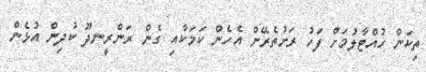
ތިކަން ހުއްޓާލުމަށް ފަހު ރަށުތެރޭން އެހެން ކަމަކާއި ގެން ރަންރީނދޫ ކުދިން އުޅެން